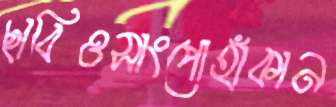
ছাবিওসাংপোহাঁকান